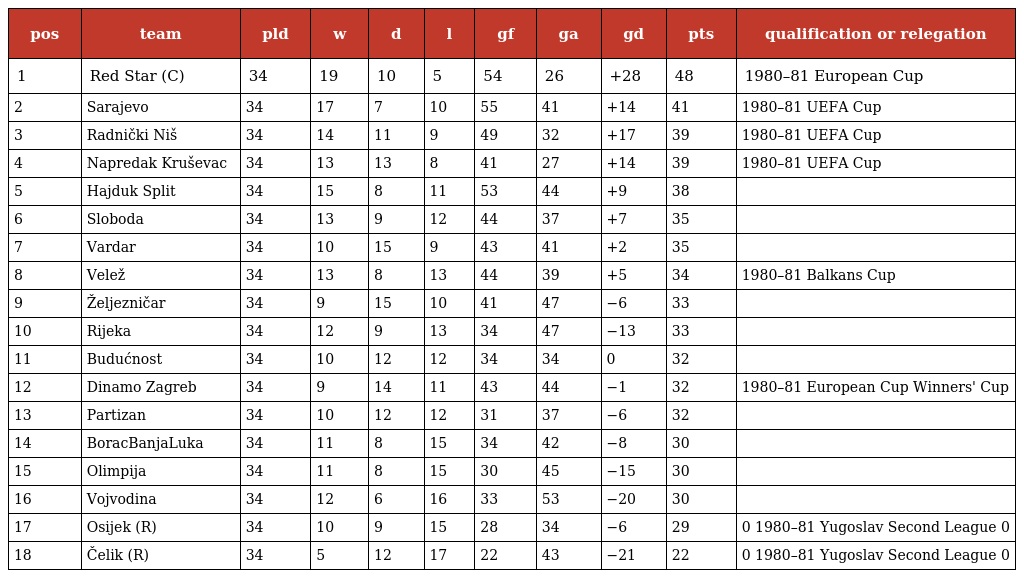
| pos | team | pld | w | d | l | gf | ga | gd | pts | qualification or relegation |
 | --- | --- | --- | --- | --- | --- | --- | --- | --- | --- | --- |
 | 1 | Red Star (C) | 34 | 19 | 10 | 5 | 54 | 26 | +28 | 48 | 1980–81 European Cup |
 | 2 | Sarajevo | 34 | 17 | 7 | 10 | 55 | 41 | +14 | 41 | 1980–81 UEFA Cup |
 | 3 | Radnički Niš | 34 | 14 | 11 | 9 | 49 | 32 | +17 | 39 | 1980–81 UEFA Cup |
 | 4 | Napredak Kruševac | 34 | 13 | 13 | 8 | 41 | 27 | +14 | 39 | 1980–81 UEFA Cup |
 | 5 | Hajduk Split | 34 | 15 | 8 | 11 | 53 | 44 | +9 | 38 |  |
 | 6 | Sloboda | 34 | 13 | 9 | 12 | 44 | 37 | +7 | 35 |  |
 | 7 | Vardar | 34 | 10 | 15 | 9 | 43 | 41 | +2 | 35 |  |
 | 8 | Velež | 34 | 13 | 8 | 13 | 44 | 39 | +5 | 34 | 1980–81 Balkans Cup |
 | 9 | Željezničar | 34 | 9 | 15 | 10 | 41 | 47 | −6 | 33 |  |
 | 10 | Rijeka | 34 | 12 | 9 | 13 | 34 | 47 | −13 | 33 |  |
 | 11 | Budućnost | 34 | 10 | 12 | 12 | 34 | 34 | 0 | 32 |  |
 | 12 | Dinamo Zagreb | 34 | 9 | 14 | 11 | 43 | 44 | −1 | 32 | 1980–81 European Cup Winners' Cup |
 | 13 | Partizan | 34 | 10 | 12 | 12 | 31 | 37 | −6 | 32 |  |
 | 14 | BoracBanjaLuka | 34 | 11 | 8 | 15 | 34 | 42 | −8 | 30 |  |
 | 15 | Olimpija | 34 | 11 | 8 | 15 | 30 | 45 | −15 | 30 |  |
 | 16 | Vojvodina | 34 | 12 | 6 | 16 | 33 | 53 | −20 | 30 |  |
 | 17 | Osijek (R) | 34 | 10 | 9 | 15 | 28 | 34 | −6 | 29 | 0 1980–81 Yugoslav Second League 0 |
 | 18 | Čelik (R) | 34 | 5 | 12 | 17 | 22 | 43 | −21 | 22 | 0 1980–81 Yugoslav Second League 0 |